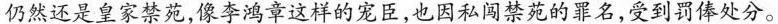
仍然还是皇家禁苑，像李鸿章这样的宠臣，也因私闯禁苑的罪名，受到罚俸处分。